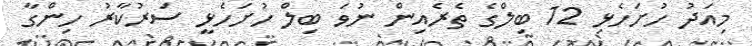
މިއަދު ހުށަހެޅި 12 ބިލްގެ ތެރެއިން ނުވަ ބިލް ހުށަހެޅީ ސަރުކާރު ހިންގާ